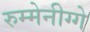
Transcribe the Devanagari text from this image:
रुम्मेनीग्गे